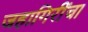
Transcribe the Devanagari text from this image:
जहागिरींचा